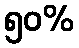
၅၀%